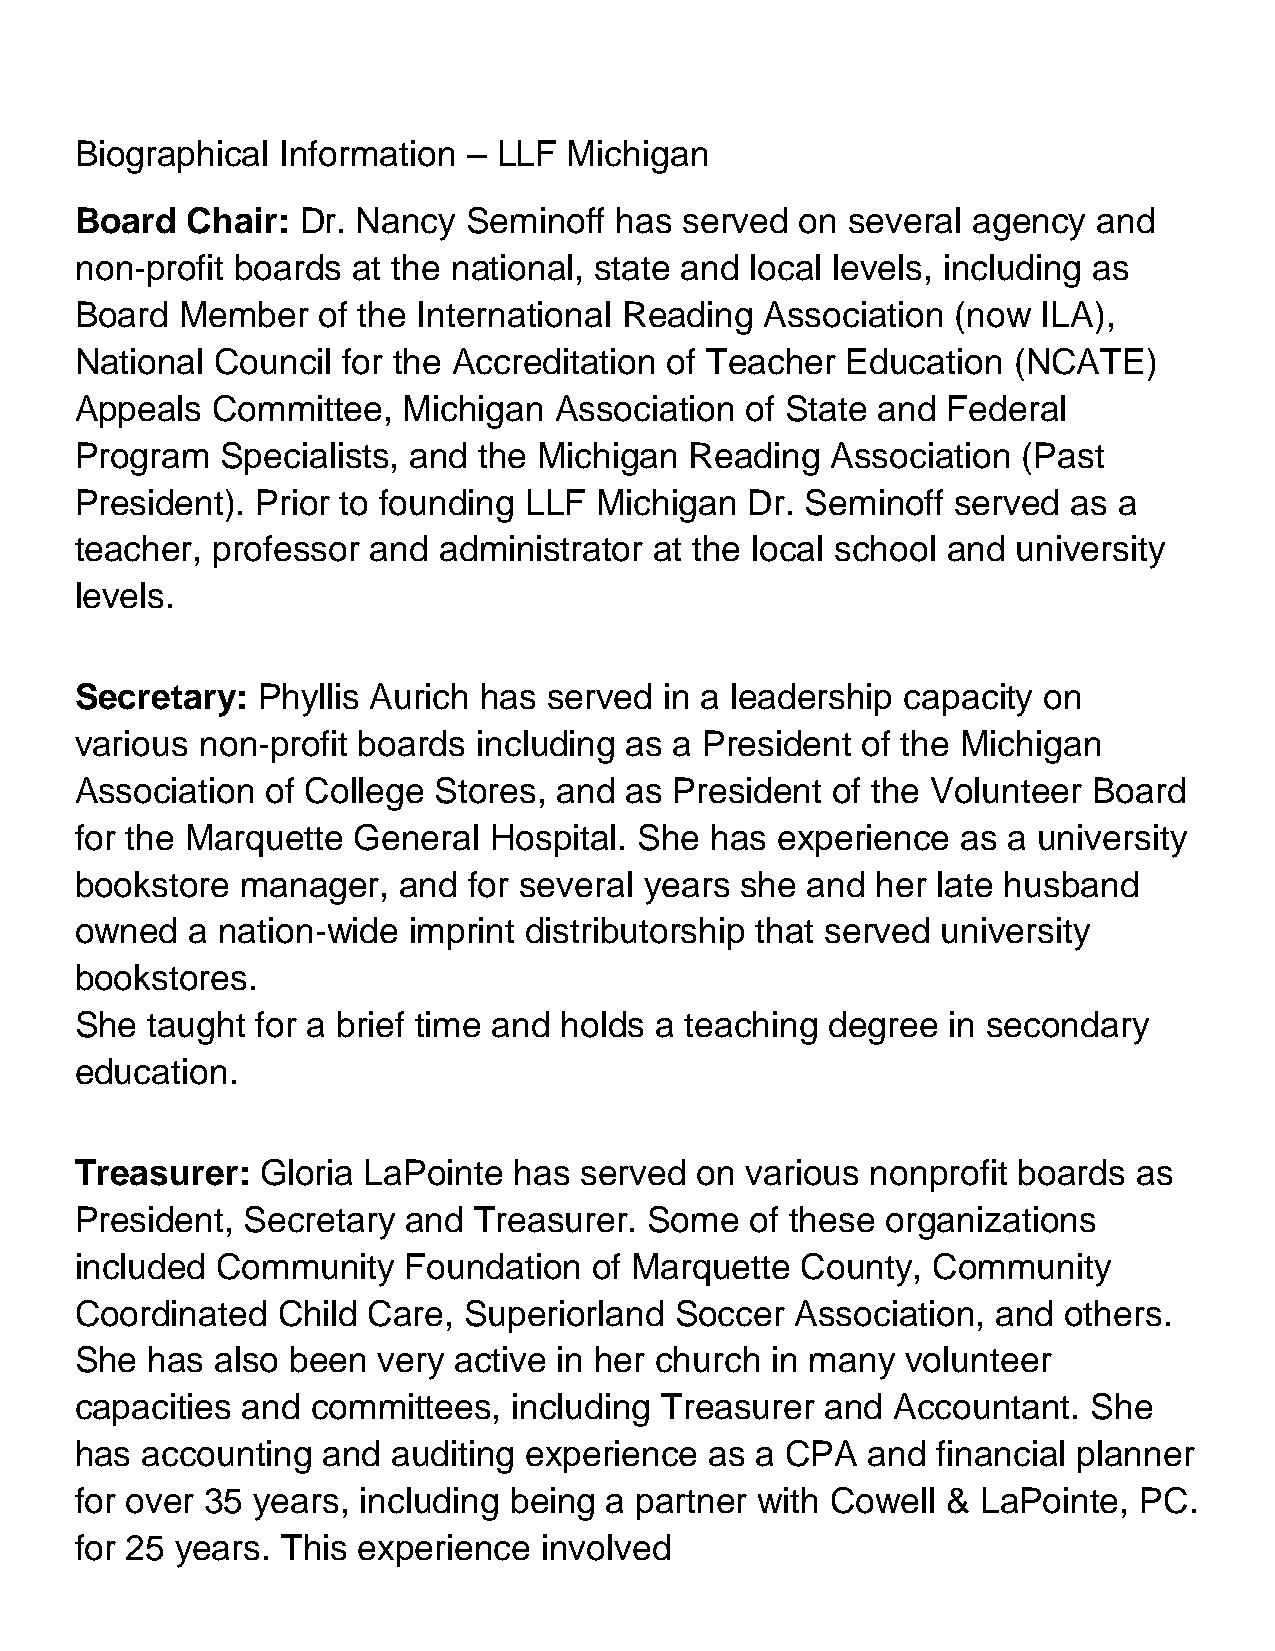
Biographical  Information – LLF  Michigan
 Board  Chair:  Dr. Nancy  Seminoff  has served  on several agency   and
 non-profit boards at the national, state and local levels, including as
 Board  Member   of the International Reading  Association (now  ILA),
 National Council  for the Accreditation of Teacher Education  (NCATE)
 Appeals  Committee,   Michigan  Association of State and  Federal
 Program   Specialists, and the Michigan  Reading  Association  (Past
 President). Prior to founding LLF  Michigan  Dr. Seminoff served  as a
 teacher, professor  and administrator at the local school and university
 levels.
 Secretary:  Phyllis Aurich has served  in a leadership capacity on
 various non-profit boards  including as a President of the Michigan
 Association  of College Stores, and as  President of the Volunteer Board
 for the Marquette General  Hospital. She  has  experience  as a university
 bookstore  manager,  and  for several years she and  her late husband
 owned   a nation-wide imprint distributorship that served university
 bookstores.
 She  taught for a brief time and holds a teaching degree  in secondary
 education.
 Treasurer:  Gloria LaPointe  has served  on various  nonprofit boards as
 President, Secretary  and Treasurer.  Some   of these organizations
 included Community    Foundation  of Marquette  County,  Community
 Coordinated  Child Care,  Superiorland  Soccer  Association, and others.
 She  has also been  very active in her church in many  volunteer
 capacities and  committees,  including Treasurer  and Accountant.  She
 has accounting  and  auditing experience  as a CPA  and  financial planner
 for over 35 years, including being a partner with Cowell  & LaPointe, PC.
 for 25 years. This experience  involved